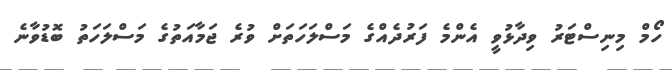
ހޯމް މިނިސްޓަރު ވިދާޅުވީ އެންމެ ފަރުދެއްގެ މަސްލަހަތަށް ވުރެ ޖަމާއަތުގެ މަސްލަހަތު ބޮޑުވާނެ